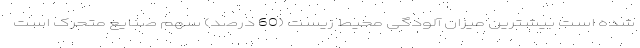
شده است بیشترین میزان آلودگی محیط زیست (60 درصد) سهم صنایع متحرک است